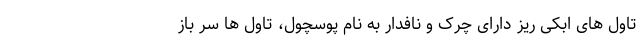
تاول های ابکی ریز دارای چرک و نافدار به نام پوسچول، تاول ها سر باز